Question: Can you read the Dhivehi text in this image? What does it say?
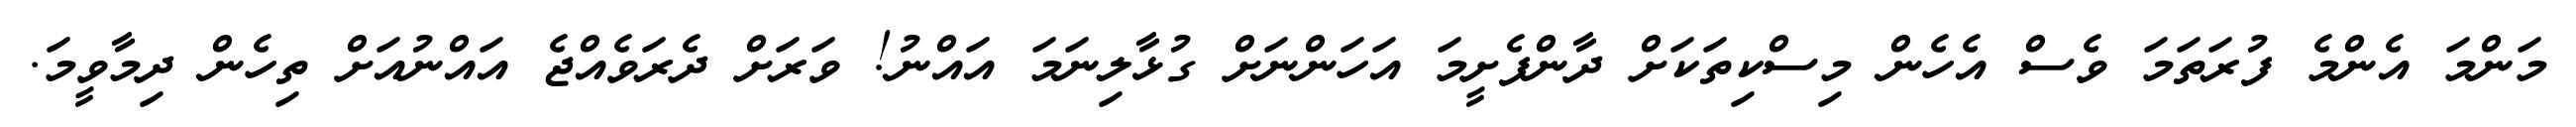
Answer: މަންމަ އެންމެ ފުރަތަމަ ވެސް އެހެން މިސްކިތަކަށް ދާންފެށީމަ އަހަންނަށް ގުޅާލިނަމަ އައްނު! ވަރަށް ދެރަވެއްޖެ އައްނުއަށް ތިހެން ދިމާވީމަ.